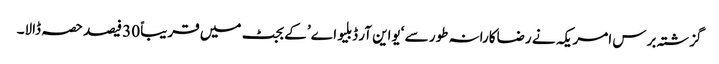
گزشتہ برس امریکہ نے رضاکارانہ طور سے ‘یواین آر ڈبلیو اے’ کے بجٹ میں قریباً 30 فیصد حصہ ڈالا۔